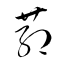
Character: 葯